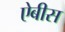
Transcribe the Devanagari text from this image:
ऐबीस